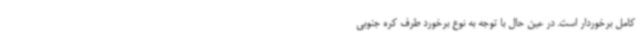
کامل برخوردار است. در عین حال با توجه به نوع برخورد طرف کره جنوبی